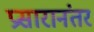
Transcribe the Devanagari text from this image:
प्रसारानंतर